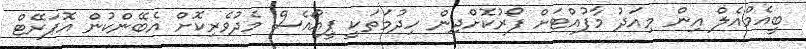
ބީއެމްއެލް އިން މިއަދު މާފުއްޓަށް ފޯރުކޮށްދިން ހިދުމަތަކީ ޕީއޯއެސް މެދުވެރިކޮށް އެބޭންކުން އޮޕަރޭޓް